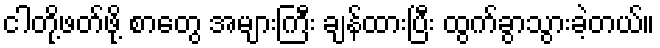
ငါတို့ဖတ်ဖို့ စာတွေ အများကြီး ချန်ထားပြီး ထွက်ခွာသွားခဲ့တယ်။